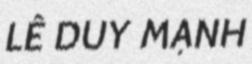
LÊ DUY MẠNH